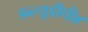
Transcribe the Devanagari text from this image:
डब्ल्यूडीपी४